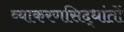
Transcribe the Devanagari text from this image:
व्याकरणसिद्धांतों